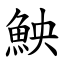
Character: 䱀